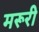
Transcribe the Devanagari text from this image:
मरूरी